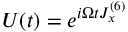
U ( t ) = e ^ { i \Omega t J _ { x } ^ { ( 6 ) } }